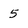
Character: 5